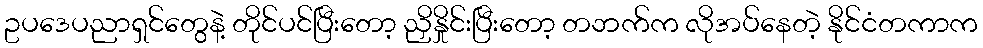
ဥပဒေပညာရှင်တွေနဲ့ တိုင်ပင်ပြီးတော့ ညှိနှိုင်းပြီးတော့ တဘက်က လိုအပ်နေတဲ့ နိုင်ငံတကာက